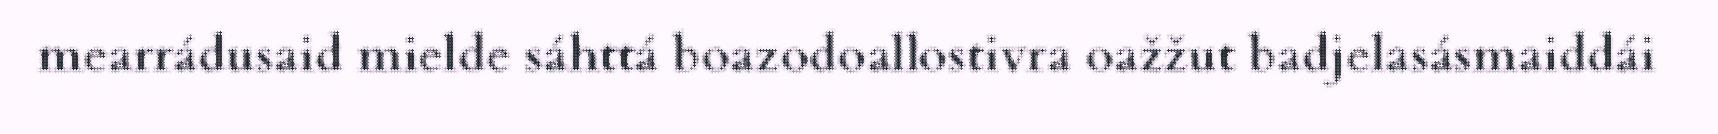
mearrádusaid mielde sáhttá boazodoallostivra oažžut badjelasásmaiddái